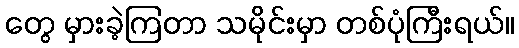
တွေ မှားခဲ့ကြတာ သမိုင်းမှာ တစ်ပုံကြီးရယ်။